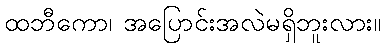
ထဘီကော၊ အပြောင်းအလဲမရှိဘူးလား။